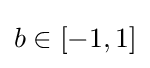
b\in [-1,1]